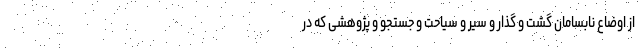
از اوضاع نابسامان گشت و گذار و سیر و سیاحت و جستجو و پژوهشی که در